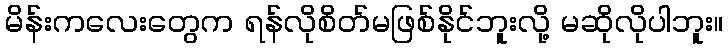
မိန်းကလေးတွေက ရန်လိုစိတ်မဖြစ်နိုင်ဘူးလို့ မဆိုလိုပါဘူး။